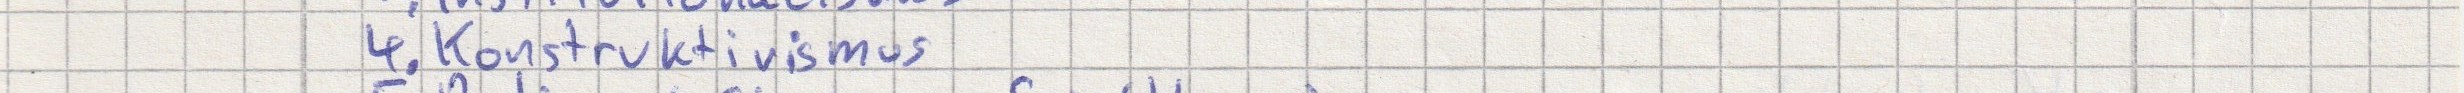
4. Konstruktivismus